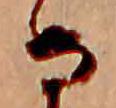
な